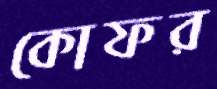
কোফর